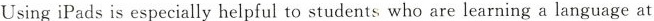
Using iPads is especially helpful to students who are learning a language at